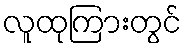
လူထုကြားတွင်